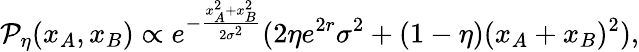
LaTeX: \mathcal{P}_{\eta}(x_{A},x_{B})\propto e^{-\frac{x_{A}^{2}+x_{B}^{2}}{2\sigma^{2}}}(2\eta e^{2r}\sigma^{2}+(1-\eta)(x_{A}+x_{B})^{2}),